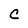
Character: C